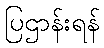
ပြဌာန်းရန်